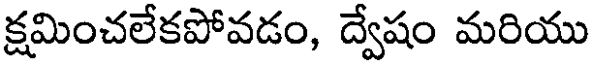
క్షమించలేకపోవడం, ద్వేషం మరియు